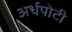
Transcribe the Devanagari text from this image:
अर्धपोटी